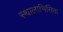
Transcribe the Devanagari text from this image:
स्थालाभिसिक्त